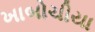
ખાબોચીયા